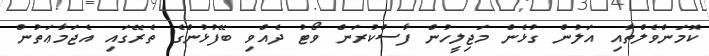
ކޮމަންވެލްތާއި އަލުން ގުޅެން މަޖިލީހުން ފާސްކުރަން ވޯޓު ދެއްވި ބޭފުޅުންގެ ތެރޭގައި އެޖަމާޢަތުން